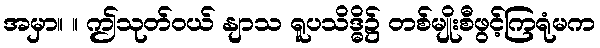
အမှာ။ ။ ဤသုတ်ဝယ် နျာသ ရူပသိဒ္ဓိ၌ တစ်မျိုးစီဖွင့်ကြရုံမက